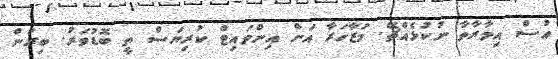
އުސް އިމާރާތާ ނުކުޅެއްޗޭ. މުޒާހަރާ އަށް އިންވައިޓް ކުރިޔަސް ތީ ބޮޑުވަރު. ބިރުން